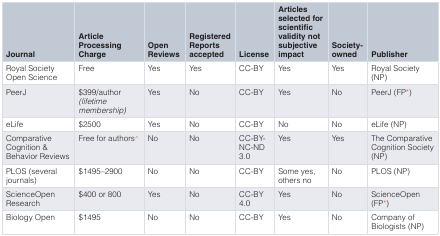
| Journal | ArticleProcessingCharge | OpenReviews | RegisteredReportsaccepted | License | Articlesselected forscientificvalidity notsubjectiveimpact | Society-owned | Publisher |
 | --- | --- | --- | --- | --- | --- | --- | --- |
 | Royal SocietyOpen Science | Free | Yes | Yes | CC-BY | Yes | Yes | Royal Society(NP) |
 | PeerJ | $399/author(lifetimemembership) | Yes | No | CC-BY | Yes | No | PeerJ (FP*) |
 | eLife | $2500 | Yes | No | CC-BY | No | No | eLife (NP) |
 | ComparativeCognition &Behavior Reviews | Free for authors^ | No | No | CC-BY-NC-ND3.0 | Yes | Yes | The ComparativeCognition Society(NP) |
 | PLOS (severaljournals) | $1495–2900 | No | No | CC-BY | Some yes,others no | No | PLOS (NP) |
 | ScienceOpenResearch | $400 or 800 | Yes | No | CC-BY4.0 | Yes | No | ScienceOpen(FP*) |
 | Biology Open | $1495 | No | No | CC-BY | Yes | No | Company ofBiologists (NP) |